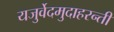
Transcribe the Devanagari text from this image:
यजुर्वेदमुदाहरन्तीं